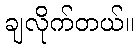
ချလိုက်တယ်။